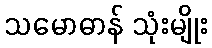
သမောဓာန် သုံးမျိုး